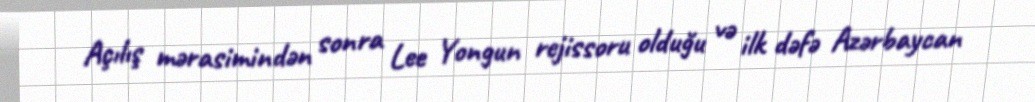
Açılış mərasimindən sonra Lee Yongun rejissoru olduğu və ilk dəfə Azərbaycan